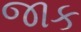
જાક